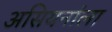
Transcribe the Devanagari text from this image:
असियनांला